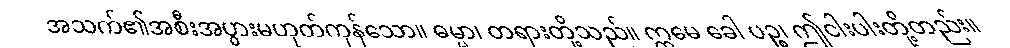
အသက်၏အစီးအပွားမဟုတ်ကုန်သော။ ဓမ္မာ၊ တရားတို့သည်။ ဣမေ ခေါ ပဉ္စ၊ ဤငါးပါးတို့တည်း။